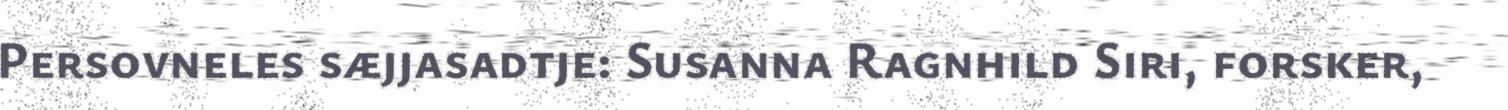
Persovneles sæjjasadtje: Susanna Ragnhild Siri, forsker,